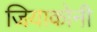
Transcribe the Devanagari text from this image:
जियाकोनी